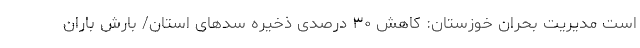
است مدیریت بحران خوزستان: کاهش ۳۰ درصدی ذخیره سدهای استان/ بارش باران